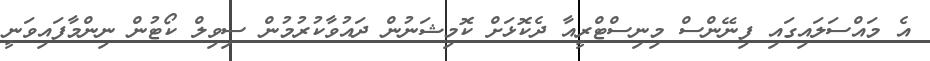
އެ މައްސަލައިގައި ފިނޭންސް މިނިސްޓްރީއާ ދެކޮޅަށް ކޮމިޝަނުން ދައުވާކުރުމުން ސިވިލް ކޯޓުން ނިންމާފައިވަނީ